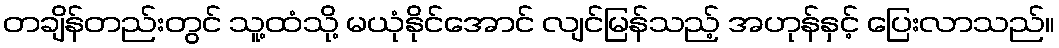
တချိန်တည်းတွင် သူ့ထံသို့ မယုံနိုင်အောင် လျင်မြန်သည့် အဟုန်နှင့် ပြေးလာသည်။